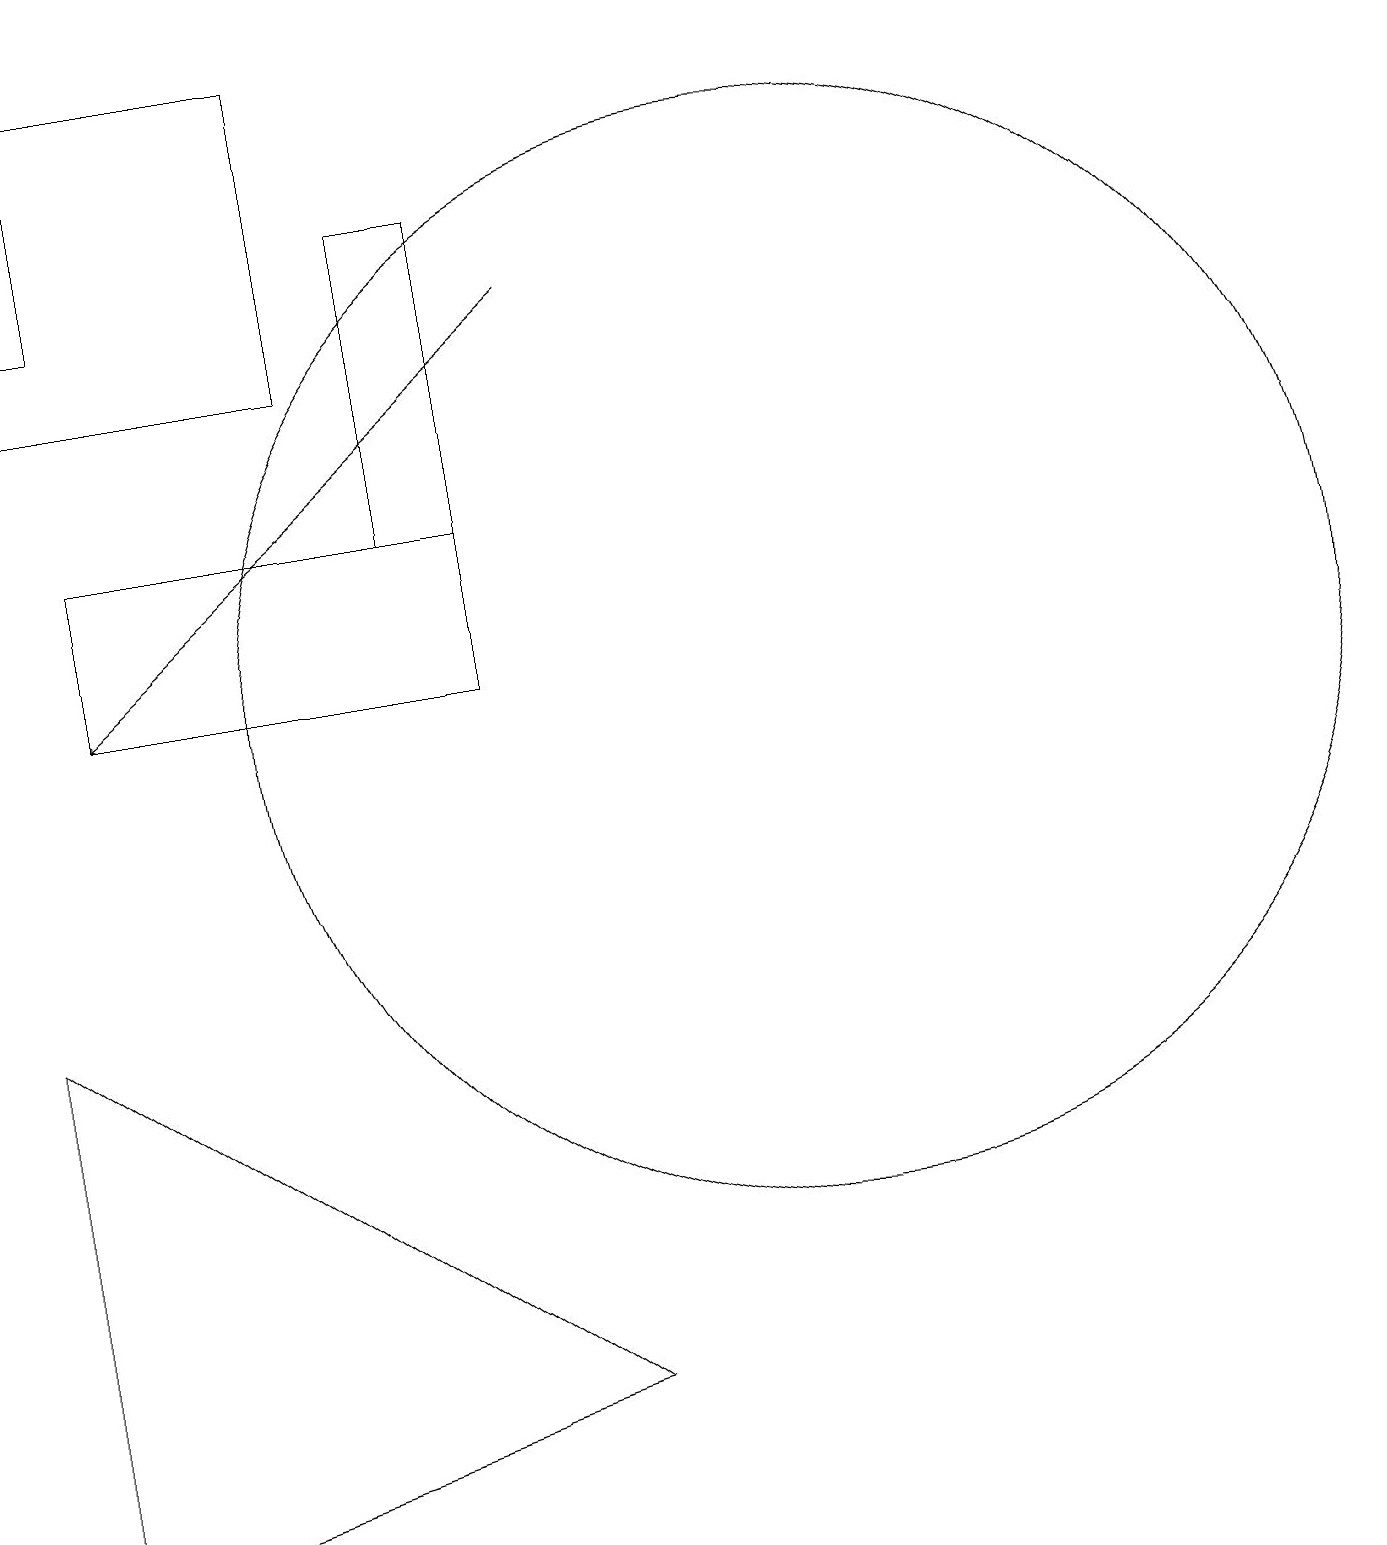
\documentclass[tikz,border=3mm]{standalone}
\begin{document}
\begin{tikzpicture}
\draw (4,15) rectangle (0,19);
\draw (11,10) circle (0);
\draw (1,19) rectangle (0,16);
\draw (6,11) rectangle (1,13);
\draw (0,7) -- (0,0) -- (7,2) -- cycle;
\draw (5,17) rectangle (6,13);
\draw[->] (7,16) -- (1,11);
\draw (10,11) circle (7);
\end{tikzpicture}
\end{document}